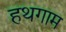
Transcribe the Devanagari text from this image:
हथगाम